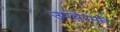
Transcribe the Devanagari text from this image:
उपचेरमन